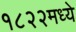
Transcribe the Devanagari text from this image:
१८२२मध्ये